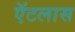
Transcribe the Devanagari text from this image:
ऍटलास